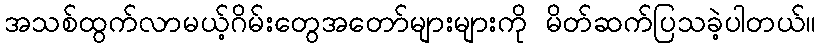
အသစ်ထွက်လာမယ့်ဂိမ်းတွေအတော်များများကို မိတ်ဆက်ပြသခဲ့ပါတယ်။